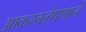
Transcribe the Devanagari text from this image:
आक्रस्तळेपणाने